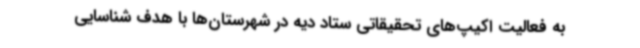
به فعالیت اکیپ‌های تحقیقاتی ستاد دیه در شهرستان‌ها با هدف شناسایی